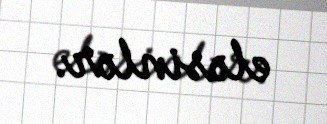
eləsinlər.